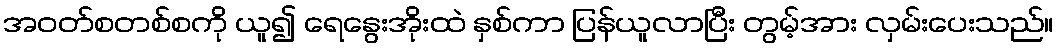
အဝတ်စတစ်စကို ယူ၍ ရေနွေးအိုးထဲ နှစ်ကာ ပြန်ယူလာပြီး တွမ့်အား လှမ်းပေးသည်။